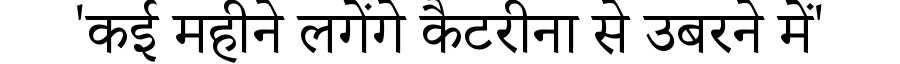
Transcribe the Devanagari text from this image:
'कई महीने लगेंगे कैटरीना से उबरने में'